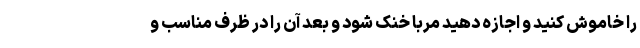
را خاموش کنید و اجازه دهید مربا خنک شود و بعد آن را در ظرف مناسب و